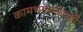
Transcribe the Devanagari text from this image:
कामभावनेचाही